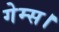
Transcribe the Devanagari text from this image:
गेम्स।